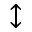
\updownarrow